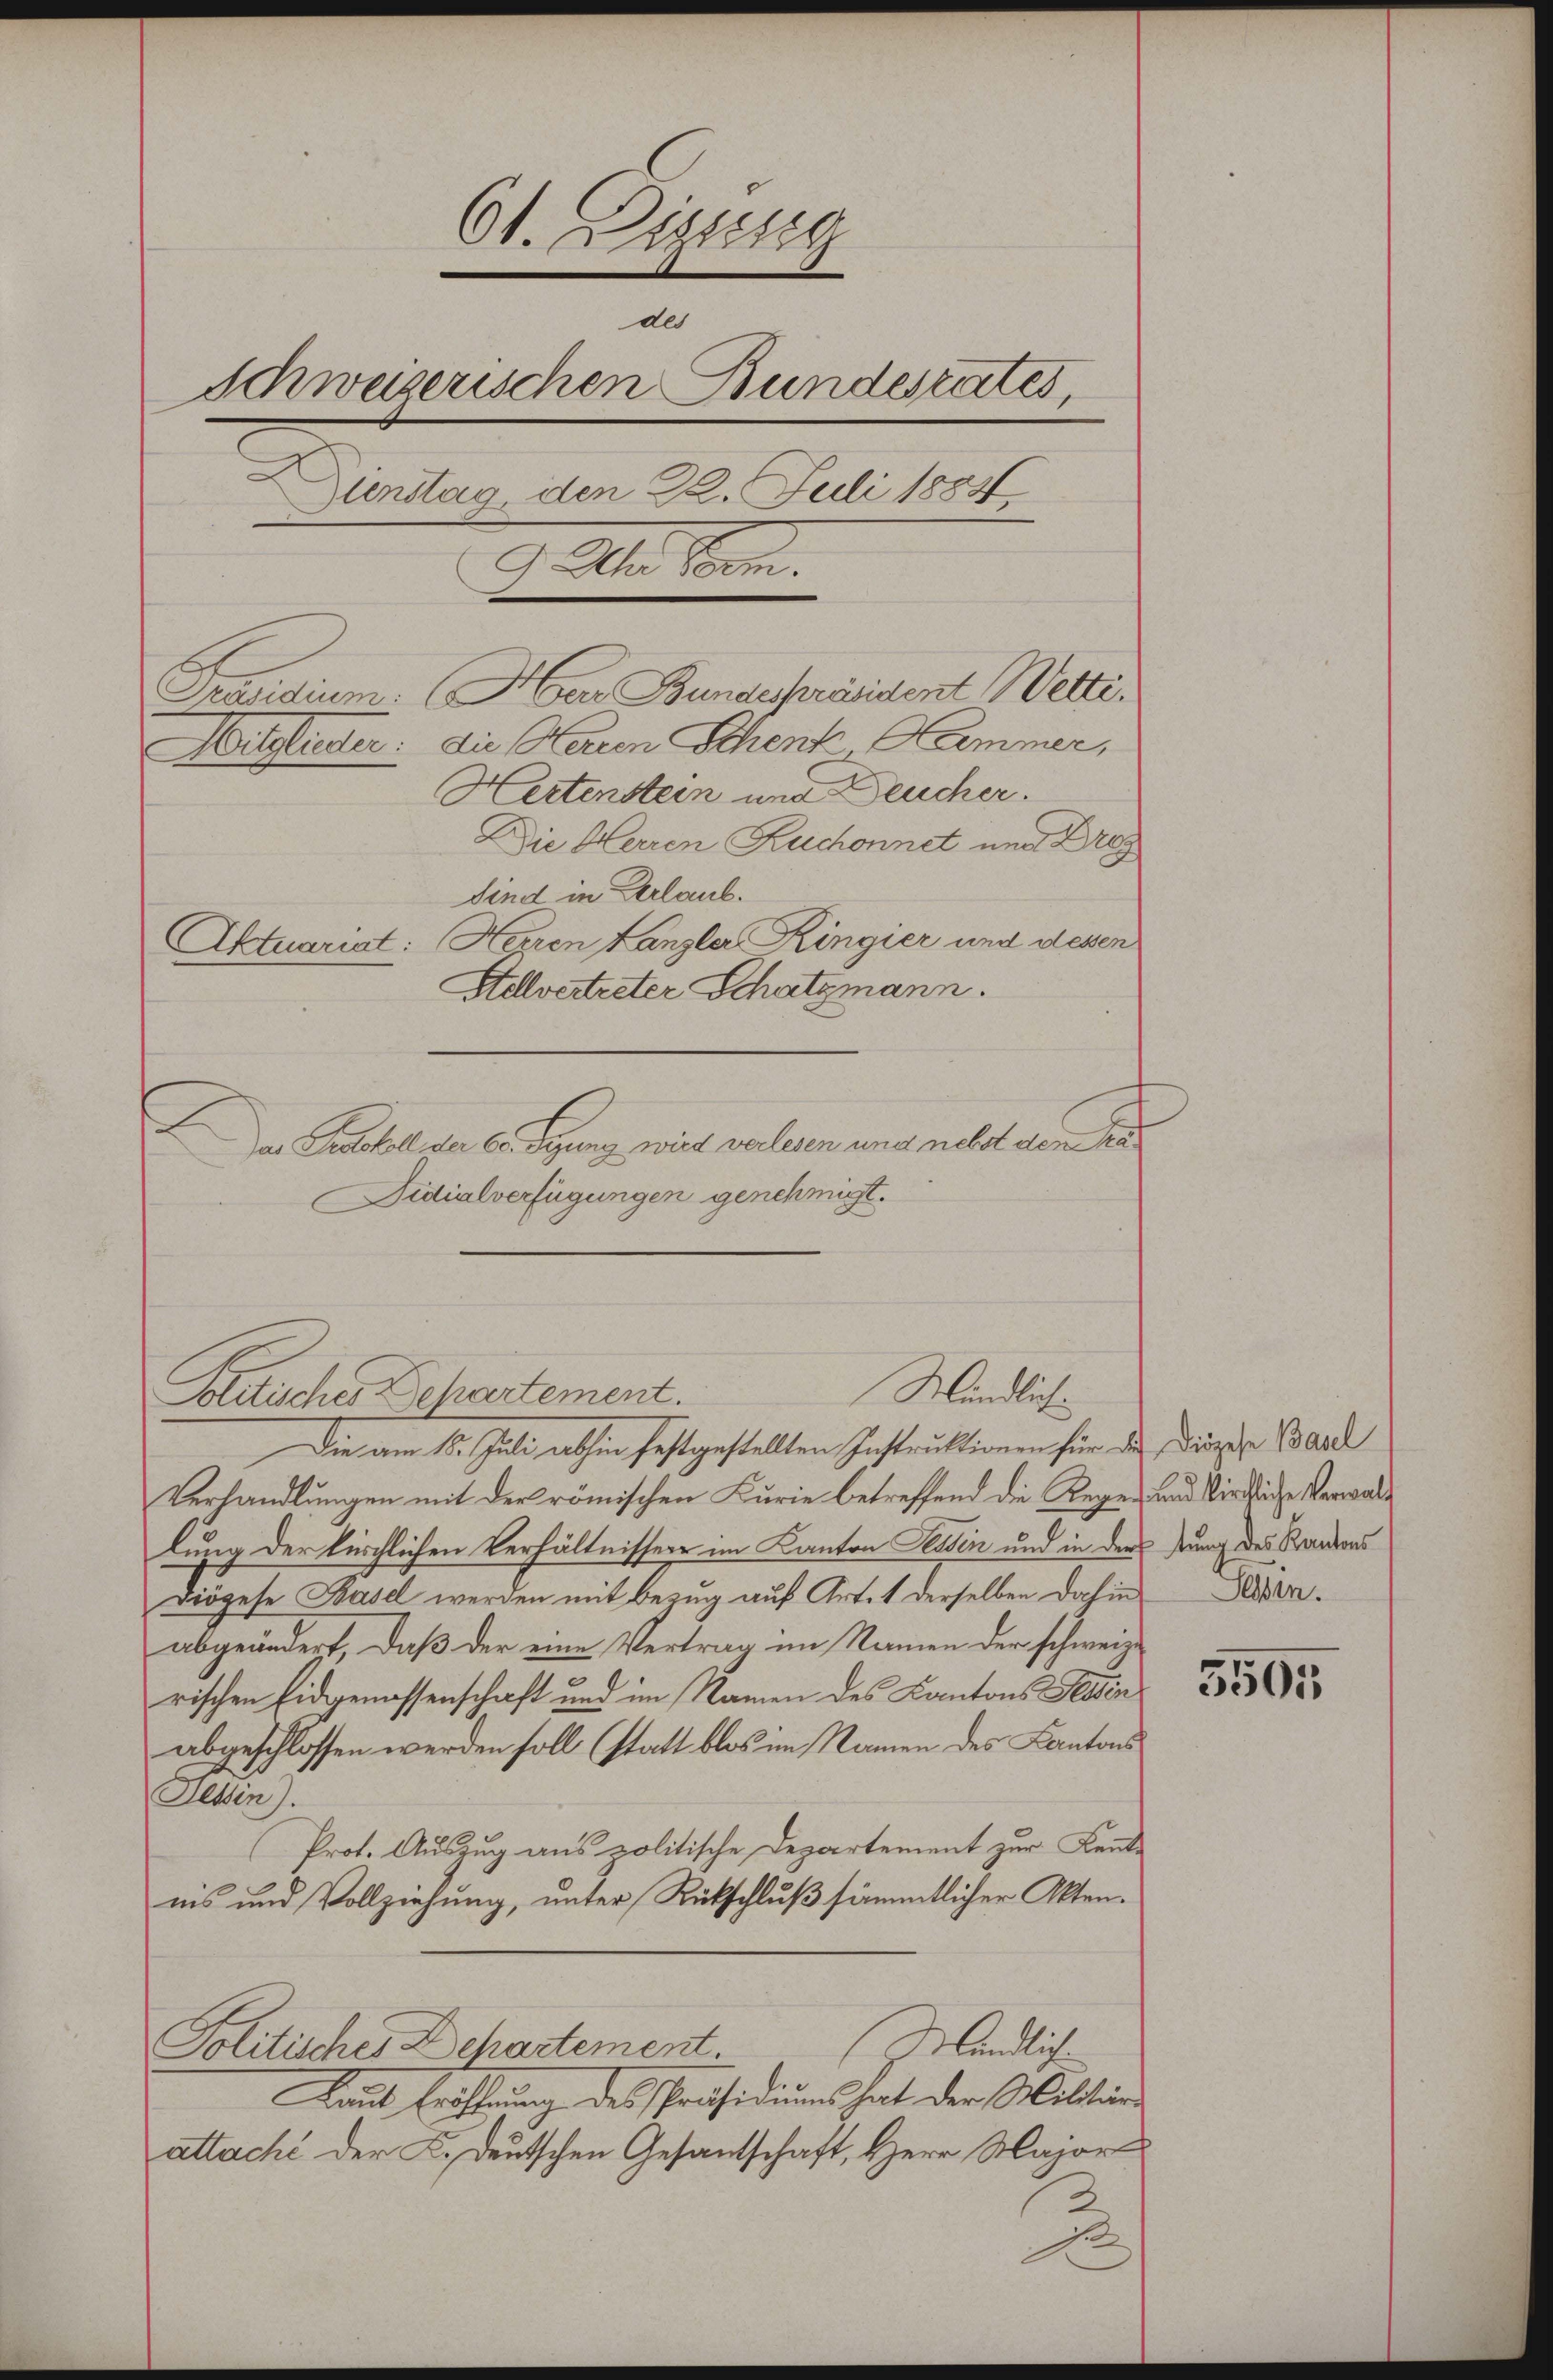
61. Dizten
de
Schweizerischen Bundesrates,
Dinstag, den 22. Juli 1884
Ale Kon
Präsidium. Herr Bundespräsident Wetti.
Mitglieder: die Herren Schent Kammer,
Hertenstein und Deucher.
Die Herren Ruchonnet und Drey
Sind in Verlaub.
Aktuarist: Herren Kanzler Ringier und dessen
Adlvertreter Schatzmann.

Das Sokoll der C. Siegung wird verlesen und nebst dem Ka

Mündlich

Fidialverfügungen genehmigt.
Solitisches Behartement.
Die am 15. Juli abhin festgestellten Instruktionen für der Diszige Band
Verhandlungen mit der römischen Kurie betreffend die Regen und Wirkliche Verwallung der kirchlichen Verhältnissen im Kanton Sessen und in der hung des Randens
Diözese Basel werden mit Bezug auf Art. 1 derselben dahin Lesen.
abgeändert, daß der eine Vertrag im Namen der schweize
rischen Eidgenossenschaft und im Namen des Kantons Glasen
abgeschlossen werden soll (statt blos im Namen des Kantons
Jehin).
Prot. Auszug aus politische Departement zur Kente
nis und Vollziehung, unter Rückschluß sämmtlicher Akten.
Mändlich
Politisches Dehartement.
Laut Eröffnung des Präsidiums hat der Militärs
attaché der K. Deutschen Gesantschaft, Herr Major

1.

5505